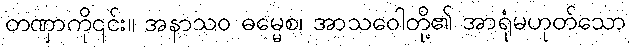
တဏှာကို၎င်း။ အနာသဝ ဓမ္မေစ၊ အာသဝေါတို့၏ အာရုံမဟုတ်သော